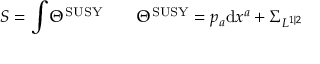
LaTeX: S = \int \Theta ^ { \mathrm { S U S Y } } \qquad \Theta ^ { \mathrm { S U S Y } } = p _ { a } \mathrm { d } x ^ { a } + \Sigma _ { { \cal L } ^ { 1 | 2 } }